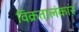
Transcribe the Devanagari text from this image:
विक्रतालंकार